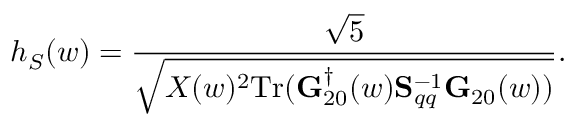
h _ { S } ( w ) = \frac { \sqrt { 5 } } { \sqrt { X ( w ) ^ { 2 } \mathrm { T r } ( { \bf G } _ { 2 0 } ^ { \dagger } ( w ) { \bf S } _ { q q } ^ { - 1 } { \bf G } _ { 2 0 } ( w ) ) } } .